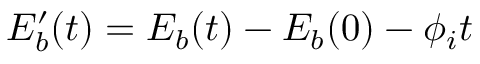
E _ { b } ^ { \prime } ( t ) = E _ { b } ( t ) - E _ { b } ( 0 ) - \phi _ { i } t